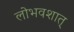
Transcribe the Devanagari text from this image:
लोभवशात्